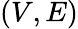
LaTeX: (V,E)